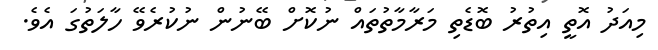
މިއަދު އޮތީ އިތުރު ބޮޑެތި މަރާމާތުތައް ނުކޮށް ބޭނުން ނުކުރެވޭ ހާލަތުގަ އެވެ.